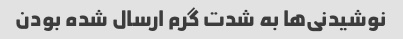
نوشیدنی‌ها به شدت گرم ارسال شده بودن